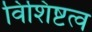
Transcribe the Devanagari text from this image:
विशिष्टत्व